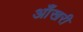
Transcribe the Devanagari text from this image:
आँखरी